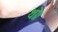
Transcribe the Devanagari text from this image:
थाे।